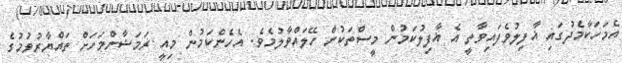
އެމަހަކާމެދުގައި ޣާފިލުވެފައިވާތީ އެ ޣާފިލުކަމުން މީސްތަކުން ހޭލައްވާލުމެވެ. އެހެންކަމުން މިއީ ރަމަޟާންމަހަށް ތައްޔާރުވުމުގެ